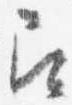
即